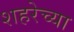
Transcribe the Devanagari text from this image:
शहरेच्या